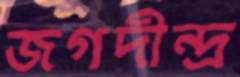
জগদীন্দ্র